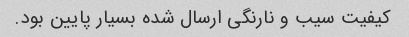
کیفیت سیب و نارنگی ارسال شده بسیار پایین بود.